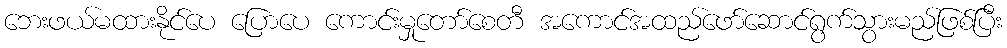
ဘေးဖယ်မထားနိုင်ပေ ပြောပေ ကောင်းမှုတော်စေတီ အကောင်အထည်ဖော်ဆောင်ရွက်သွားမည်ဖြစ်ပြီး